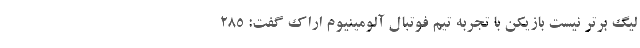
لیگ برتر نیست بازیکن با تجربه تیم فوتبال آلومینیوم اراک گفت: 285